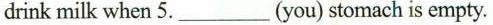
drink milk when 5.____(you) stomach is empty.